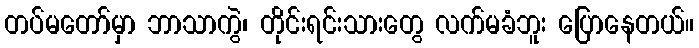
တပ်မတော်မှာ ဘာသာကွဲ၊ တိုင်းရင်းသားတွေ လက်မခံဘူး ပြောနေတယ်။